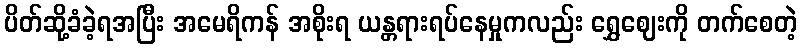
ပိတ်ဆို့ခံခဲ့ရအပြီး အမေရိကန် အစိုးရ ယန္တရားရပ်နေမှုကလည်း ရွှေဈေးကို တက်စေတဲ့